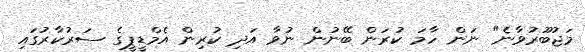
މަޖުބޫރުވާނެ" ނަން ހާމަ ކުރަން ބޭނުން ނުވާ އަދި ކުރިން އެމްޑީޕީގެ ސަރުކާރުގައި